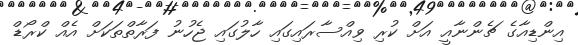
އިންޑިއާގެ ޗެންނާއީ އަށް ކުރި ވިއްސާރައިގައި ހާލުގައި ޖެހުނު ފަރާތްތަކަށް އެއް ކްރޯޑް